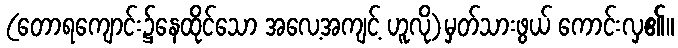
(တောရကျောင်း၌နေထိုင်သော အလေ့အကျင့် ဟူလို)မှတ်သားဖွယ် ကောင်းလှ၏။